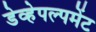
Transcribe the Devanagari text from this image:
डेव्हेपल्पमेंट